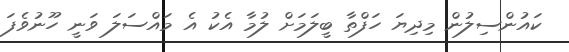
ކައުންސިލުން މިދިޔަ ހަފްތާ ބީލަމަށް ލުމާ އެކު އެ މައްސަލަ ވަނީ ހޫނުވެފަ